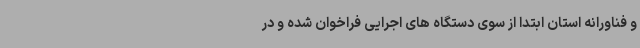
و فناورانه استان ابتدا از سوی دستگاه های اجرایی فراخوان شده و در